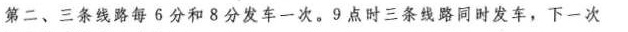
第二、三条线路每6分和8分发车一次。9点时三条线路同时发车，下一次